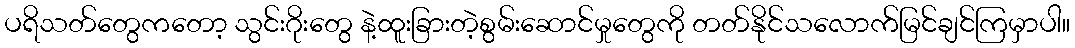
ပရိသတ်တွေကတော့ သွင်းဂိုးတွေ နဲ့ထူးခြားတဲ့စွမ်းဆောင်မှုတွေကို တတ်နိုင်သလောက်မြင်ချင်ကြမှာပါ။